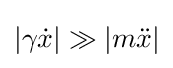
\left|\gamma {\dot {x}}\right|\gg \left|m{\ddot {x}}\right|